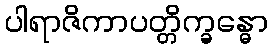
ပါရာဇိကာပတ္တိက္ခန္ဓော